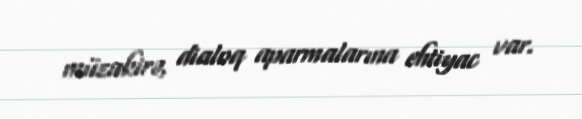
müzakirə, dialoq aparmalarına ehtiyac var.